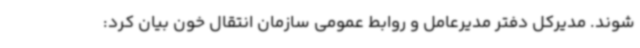
شوند. مدیرکل دفتر مدیرعامل و روابط عمومی سازمان انتقال خون بیان کرد: